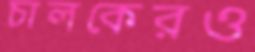
চালকেরও